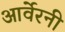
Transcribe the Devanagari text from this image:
आर्वेरनी